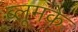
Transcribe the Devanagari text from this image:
ब्लूमके